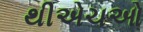
થીએચઓ